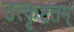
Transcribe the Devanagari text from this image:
उत्कृष्टतम्